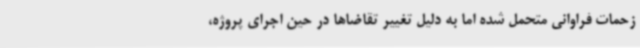
زحمات فراوانی متحمل شده اما به دلیل تغییر تقاضاها در حین اجرای پروژه،